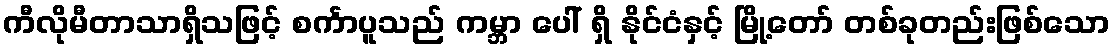
ကီလိုမီတာသာရှိသဖြင့် စင်္ကာပူသည် ကမ္ဘာ ပေါ် ရှိ နိုင်ငံနှင့် မြို့တော် တစ်ခုတည်းဖြစ်သော